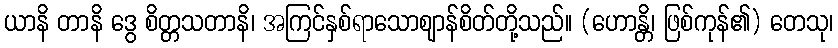
ယာနိ တာနိ ဒွေ စိတ္တသတာနိ၊ အကြင်နှစ်ရာသောဈာန်စိတ်တို့သည်။ (ဟောန္တိ၊ ဖြစ်ကုန်၏) တေသု၊